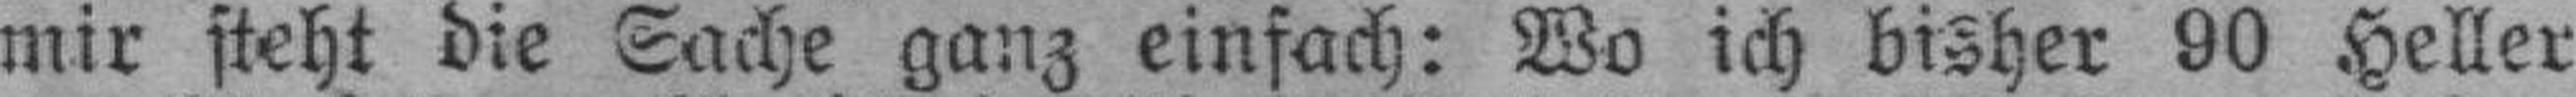
mir steht die Sache ganz einfach: Wo ich bisher 60 Heller